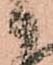
候